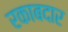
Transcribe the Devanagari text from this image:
रकाबदार